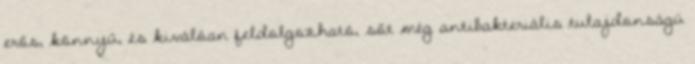
erős, könnyű, és kiválóan feldolgozható, sőt még antibakteriális tulajdonságú